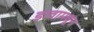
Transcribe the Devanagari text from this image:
डावामधून